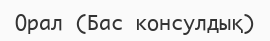
Орал (Бас консулдық)